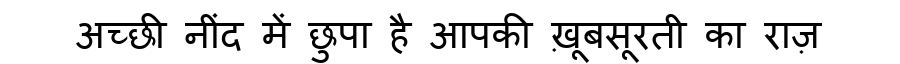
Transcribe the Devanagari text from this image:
अच्छी नींद में छुपा है आपकी ख़ूबसूरती का राज़